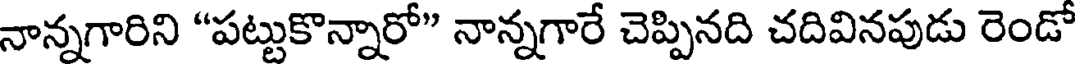
నాన్నగారిని "పట్టుకొన్నారో" నాన్నగారే చెప్పినది చదివినపుడు రెండో